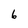
Character: 6